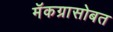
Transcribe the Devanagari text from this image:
मॅकग्रासोबत